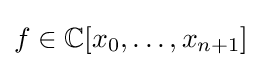
f\in \mathbb {C} [x_{0},\ldots ,x_{n+1}]